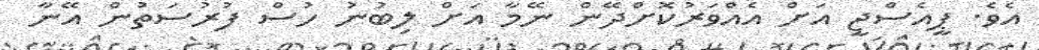
އެވެ. ޕީއެސްޖީ އަށް އެއްވަރުކޮށްދޭން ނޭމާ އަށް ލިބުނު ހުސް ފުރުސަތުން އޭނާ